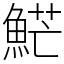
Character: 𩷶